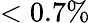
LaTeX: <0.7\%